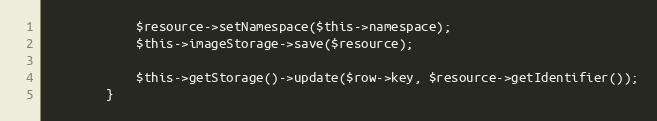
Language: PHP
			$resource->setNamespace($this->namespace);
			$this->imageStorage->save($resource);

			$this->getStorage()->update($row->key, $resource->getIdentifier());
		}